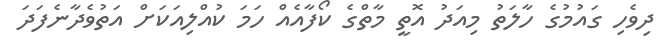
ދިވެހި ގައުމުގެ ހާލަތު މިއަދު އޮތީ މާތްގެ ކޯފާއެއް ހަމަ ކުއްލިއަކަށް އަތުވެދާނެފަދަ